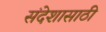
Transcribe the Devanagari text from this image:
संदेशासाठी